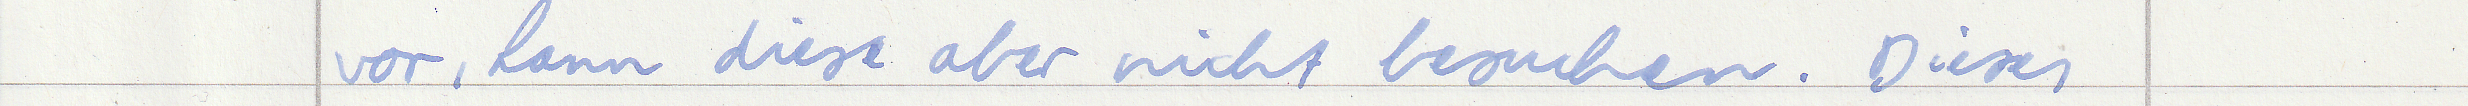
vor, kann diese aber nicht besuchen. Dieses